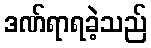
ဒဏ်ရာရခဲ့သည်